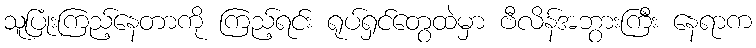
သူပြုံးကြည့်နေတာကို ကြည့်ရင်း ရုပ်ရှင်တွေထဲမှာ ဗီလိန်အဘွားကြီး နေရာက